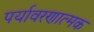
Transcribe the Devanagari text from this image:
पर्यावरणात्‍मक